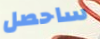
ساحصل